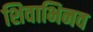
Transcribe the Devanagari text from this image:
शिवाभिनव